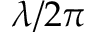
\lambda / 2 \pi